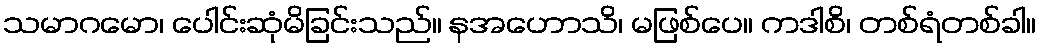
သမာဂမော၊ ပေါင်းဆုံမိခြင်းသည်။ နအဟောသိ၊ မဖြစ်ပေ။ ကဒါစိ၊ တစ်ရံတစ်ခါ။